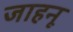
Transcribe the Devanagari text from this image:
जाहनू